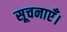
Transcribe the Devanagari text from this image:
सूचनाएँ।